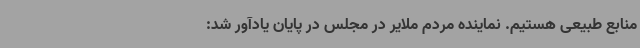
منابع طبیعی هستیم. نماینده مردم ملایر در مجلس در پایان یادآور شد: